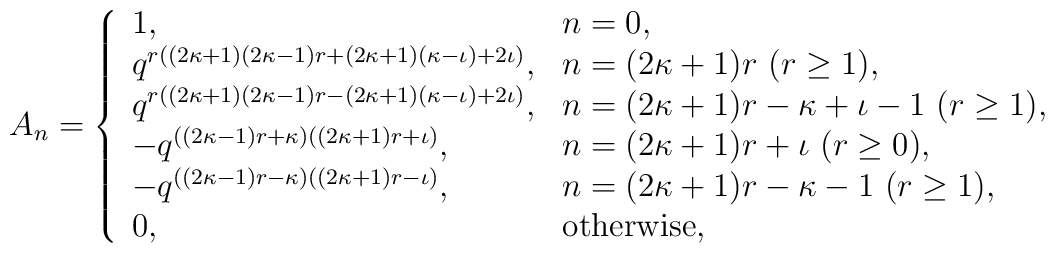
A_n = \left\{\begin{array}{ll}1, & n=0, \\q^{r((2\kappa +1)(2\kappa -1)r+      (2\kappa +1)(\kappa -\iota )+2\iota )},& n=(2\kappa +1)r ~(r \geq 1), \\q^{r((2\kappa +1)(2\kappa -1)r-      (2\kappa +1)(\kappa -\iota )+2\iota )},& n=(2\kappa +1)r-\kappa +\iota -1 ~(r \geq 1), \\-q^{((2\kappa -1)r +\kappa )((2\kappa +1)r +\iota )},& n=(2\kappa +1)r +\iota ~(r \geq 0), \\-q^{((2\kappa -1)r -\kappa )((2\kappa +1)r -\iota )},& n=(2\kappa +1)r-\kappa -1 ~(r \geq 1), \\0, & \mbox{otherwise},\end{array} \right.